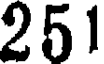
251